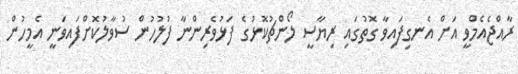
ރާއްޖެއެމްވީ އަށް އެނގިފައިވާ ގޮތުގައި ރިޔާސީ ލޯންޗުކޮޅުގެ ފަޅުވެރިންނާ ފުލުހުން ސުވާލުކޮށްފައިވަނީ އެމީހުން